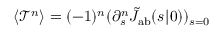
\langle \mathcal { T } ^ { n } \rangle = ( - 1 ) ^ { n } ( \partial _ { s } ^ { n } \tilde { J } _ { \mathrm { { a b } } } ( s | \r _ { 0 } ) ) _ { s = 0 }